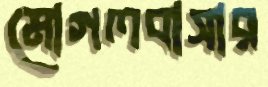
মোগলবাসার